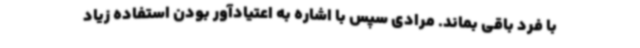
با فرد باقی بماند. مرادی سپس با اشاره به اعتیادآور بودن استفاده زیاد